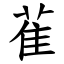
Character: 雈